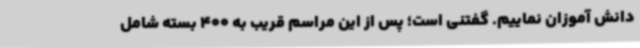
دانش آموزان نماییم. گفتنی است؛ پس از این مراسم قریب به 400 بسته شامل